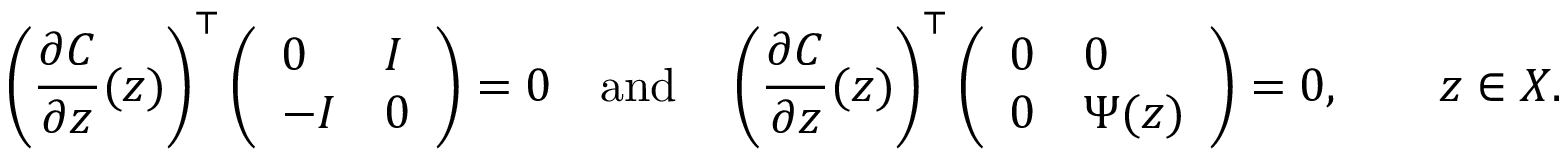
\left( \frac { \partial C } { \partial z } ( z ) \right) ^ { \top } \left( \begin{array} { l l } { 0 } & { I } \\ { - I } & { 0 } \end{array} \right) = 0 \quad \mathrm { a n d } \quad \left( \frac { \partial C } { \partial z } ( z ) \right) ^ { \top } \left( \begin{array} { l l } { 0 } & { 0 } \\ { 0 } & { \Psi ( z ) } \end{array} \right) = 0 , \qquad z \in X .